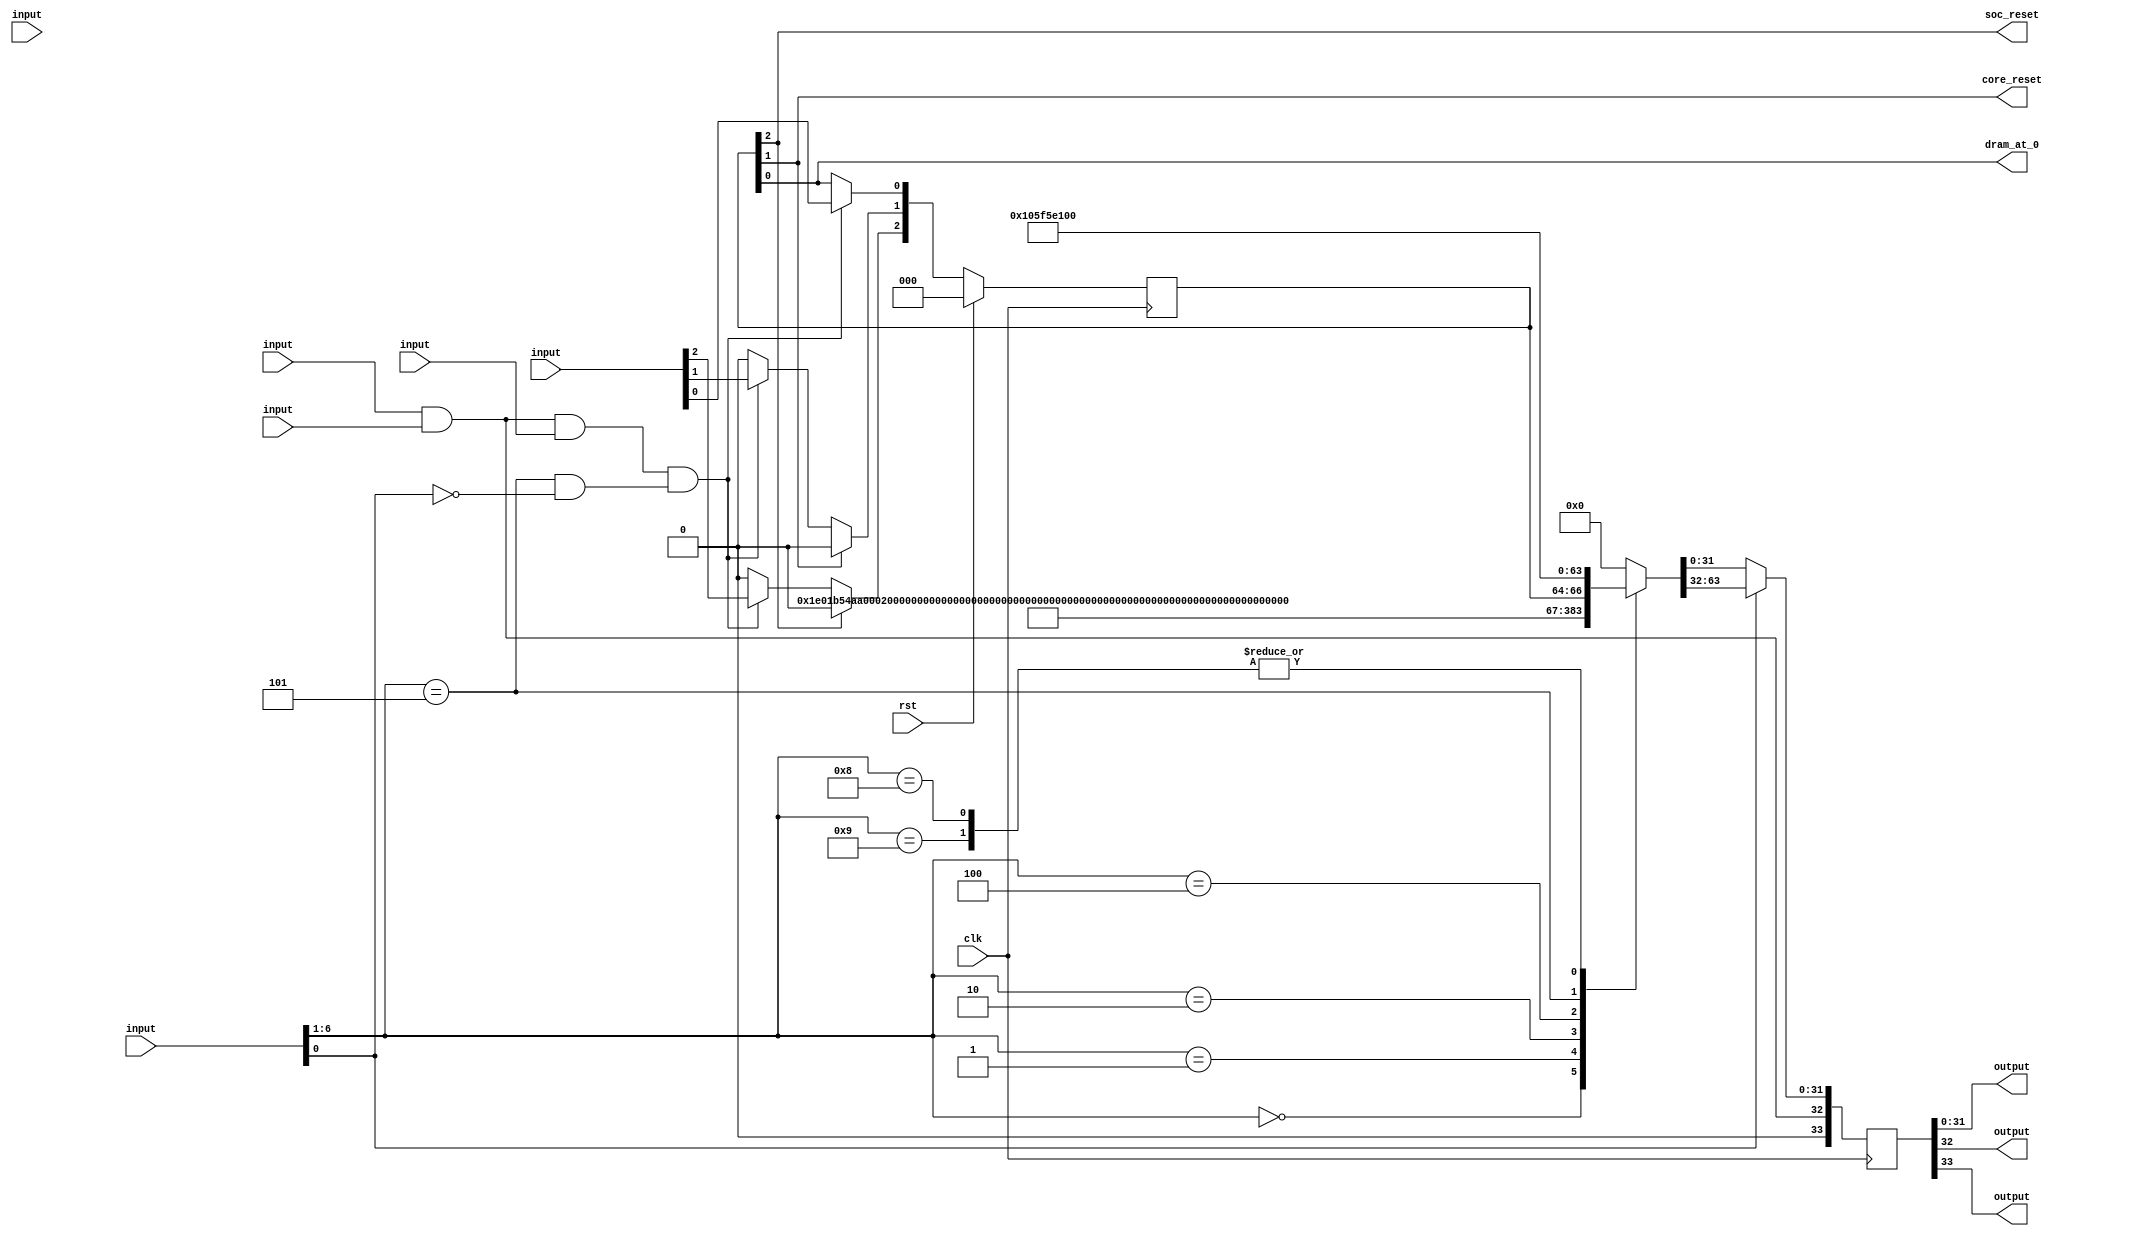
// This program was cloned from: https://github.com/NYU-MLDA/OpenABC
// License: BSD 3-Clause "New" or "Revised" License

module syscon_100000000_4096_0_0_0_589433b711fb88bdee7cbb7d486960b51e4c8efd(clk, rst, \wishbone_in.adr , \wishbone_in.dat , \wishbone_in.sel , \wishbone_in.cyc , \wishbone_in.stb , \wishbone_in.we , \wishbone_out.dat , \wishbone_out.ack , \wishbone_out.stall , dram_at_0, core_reset, soc_reset);
  wire _00_;
  wire _01_;
  wire _02_;
  wire _03_;
  wire _04_;
  wire _05_;
  wire _06_;
  wire _07_;
  wire [63:0] _08_;
  wire [63:0] _09_;
  wire _10_;
  wire _11_;
  wire _12_;
  wire _13_;
  wire _14_;
  wire _15_;
  wire _16_;
  wire _17_;
  wire _18_;
  wire _19_;
  wire _20_;
  wire _21_;
  wire [63:0] _22_;
  wire [31:0] _23_;
  reg [33:0] _24_;
  wire _25_;
  wire _26_;
  wire _27_;
  wire _28_;
  wire _29_;
  wire _30_;
  wire _31_;
  wire _32_;
  wire _33_;
  wire _34_;
  wire _35_;
  wire [2:0] _36_;
  reg [2:0] _37_;
  input clk;
  wire clk;
  output core_reset;
  wire core_reset;
  output dram_at_0;
  wire dram_at_0;
  wire [39:0] info_clk;
  wire [31:0] info_fl_off;
  wire info_has_bram;
  wire info_has_dram;
  wire info_has_leth;
  wire info_has_lsdc;
  wire info_has_spif;
  wire info_has_uart;
  wire info_has_urt1;
  wire [63:0] reg_braminfo;
  wire [63:0] reg_clkinfo;
  wire [2:0] reg_ctrl;
  wire [63:0] reg_ctrl_out;
  wire [63:0] reg_dramiinfo;
  wire [63:0] reg_draminfo;
  wire [63:0] reg_info;
  wire [63:0] reg_out;
  wire [63:0] reg_spiinfo;
  wire [63:0] reg_uart0info;
  wire [63:0] reg_uart1info;
  input rst;
  wire rst;
  output soc_reset;
  wire soc_reset;
  wire uinfo_16550;
  wire [31:0] uinfo_freq;
  wire [33:0] wb_rsp;
  input [29:0] \wishbone_in.adr ;
  wire [29:0] \wishbone_in.adr ;
  input \wishbone_in.cyc ;
  wire \wishbone_in.cyc ;
  input [31:0] \wishbone_in.dat ;
  wire [31:0] \wishbone_in.dat ;
  input [3:0] \wishbone_in.sel ;
  wire [3:0] \wishbone_in.sel ;
  input \wishbone_in.stb ;
  wire \wishbone_in.stb ;
  input \wishbone_in.we ;
  wire \wishbone_in.we ;
  output \wishbone_out.ack ;
  wire \wishbone_out.ack ;
  output [31:0] \wishbone_out.dat ;
  wire [31:0] \wishbone_out.dat ;
  output \wishbone_out.stall ;
  wire \wishbone_out.stall ;
  assign _00_ = 1'h0 ? 1'h1 : reg_ctrl[0];
  assign _01_ = 1'h1 ? 1'h1 : 1'h0;
  assign _02_ = 1'h1 ? 1'h1 : 1'h0;
  assign _03_ = 1'h1 ? 1'h1 : 1'h0;
  assign _04_ = 1'h1 ? 1'h1 : 1'h0;
  assign _05_ = 1'h0 ? 1'h1 : 1'h0;
  assign _06_ = 1'h0 ? 1'h1 : 1'h0;
  assign _07_ = 1'h0 ? 1'h1 : 1'h0;
  assign _08_ = 1'h1 ? 64'h0000000000000000 : 64'h0000000000000000;
  assign _09_ = 1'h1 ? 64'h0000000000000000 : 64'h0000000000000000;
  assign _10_ = 1'h1 ? 1'h1 : 1'h0;
  assign _11_ = \wishbone_in.cyc  & \wishbone_in.stb ;
  assign _12_ = \wishbone_in.adr [6:1] == 6'h00;
  assign _13_ = \wishbone_in.adr [6:1] == 6'h01;
  assign _14_ = \wishbone_in.adr [6:1] == 6'h02;
  assign _15_ = \wishbone_in.adr [6:1] == 6'h03;
  assign _16_ = \wishbone_in.adr [6:1] == 6'h06;
  assign _17_ = \wishbone_in.adr [6:1] == 6'h04;
  assign _18_ = \wishbone_in.adr [6:1] == 6'h05;
  assign _19_ = \wishbone_in.adr [6:1] == 6'h07;
  assign _20_ = \wishbone_in.adr [6:1] == 6'h08;
  assign _21_ = \wishbone_in.adr [6:1] == 6'h09;
  function [63:0] \1971 ;
    input [63:0] a;
    input [639:0] b;
    input [9:0] s;
    (* parallel_case *)
    casez (s)
      10'b?????????1:
        \1971  = b[63:0];
      10'b????????1?:
        \1971  = b[127:64];
      10'b???????1??:
        \1971  = b[191:128];
      10'b??????1???:
        \1971  = b[255:192];
      10'b?????1????:
        \1971  = b[319:256];
      10'b????1?????:
        \1971  = b[383:320];
      10'b???1??????:
        \1971  = b[447:384];
      10'b??1???????:
        \1971  = b[511:448];
      10'b?1????????:
        \1971  = b[575:512];
      10'b1?????????:
        \1971  = b[639:576];
      default:
        \1971  = a;
    endcase
  endfunction
  assign _22_ = \1971 (64'h0000000000000000, { reg_uart1info, reg_uart0info, reg_spiinfo, reg_ctrl_out, reg_clkinfo, reg_dramiinfo, reg_draminfo, reg_braminfo, reg_info, 64'hf00daa5500010001 }, { _21_, _20_, _19_, _18_, _17_, _16_, _15_, _14_, _13_, _12_ });
  assign _23_ = \wishbone_in.adr [0] ? reg_out[63:32] : reg_out[31:0];
  always @(posedge clk)
    _24_ <= wb_rsp;
  assign _25_ = \wishbone_in.cyc  & \wishbone_in.stb ;
  assign _26_ = _25_ & \wishbone_in.we ;
  assign _27_ = \wishbone_in.adr [6:1] == 6'h05;
  assign _28_ = ~ \wishbone_in.adr [0];
  assign _29_ = _27_ & _28_;
  assign _30_ = _26_ & _29_;
  assign _31_ = _30_ ? \wishbone_in.dat [2] : reg_ctrl[2];
  assign _32_ = reg_ctrl[2] ? 1'h0 : _31_;
  assign _33_ = _30_ ? \wishbone_in.dat [1] : reg_ctrl[1];
  assign _34_ = reg_ctrl[1] ? 1'h0 : _33_;
  assign _35_ = _30_ ? \wishbone_in.dat [0] : reg_ctrl[0];
  assign _36_ = rst ? 3'h0 : { _32_, _34_, _35_ };
  always @(posedge clk)
    _37_ <= _36_;
  assign reg_out = _22_;
  assign reg_ctrl = _37_;
  assign reg_ctrl_out = { 61'h0000000000000000, reg_ctrl };
  assign reg_info = { 55'h00000000000000, info_has_lsdc, 1'h0, info_has_urt1, 1'h1, info_has_leth, info_has_spif, info_has_bram, info_has_dram, info_has_uart };
  assign reg_braminfo = 64'h0000000000001000;
  assign reg_draminfo = _08_;
  assign reg_dramiinfo = _09_;
  assign reg_clkinfo = { 24'h000000, info_clk };
  assign reg_spiinfo = { 32'h00000000, info_fl_off };
  assign reg_uart0info = { 31'h00000000, uinfo_16550, uinfo_freq };
  assign reg_uart1info = { 32'h00000001, uinfo_freq };
  assign info_has_dram = _02_;
  assign info_has_bram = _03_;
  assign info_has_uart = _01_;
  assign info_has_spif = _04_;
  assign info_has_leth = _05_;
  assign info_has_lsdc = _06_;
  assign info_has_urt1 = _07_;
  assign info_clk = 40'h0005f5e100;
  assign info_fl_off = 32'd0;
  assign uinfo_16550 = _10_;
  assign uinfo_freq = 32'd100000000;
  assign wb_rsp = { 1'h0, _11_, _23_ };
  assign \wishbone_out.dat  = _24_[31:0];
  assign \wishbone_out.ack  = _24_[32];
  assign \wishbone_out.stall  = _24_[33];
  assign dram_at_0 = _00_;
  assign core_reset = reg_ctrl[1];
  assign soc_reset = reg_ctrl[2];
endmodule